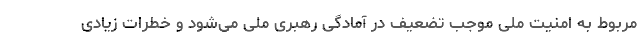
مربوط به امنیت ملی موجب تضعیف در آمادگی رهبری ملی می‌شود و خطرات زیادی